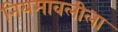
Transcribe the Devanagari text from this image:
नियमावलीला